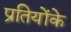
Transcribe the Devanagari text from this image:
प्रतियोंके